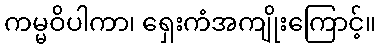
ကမ္မဝိပါကာ၊ ရှေးကံအကျိုးကြောင့်။